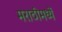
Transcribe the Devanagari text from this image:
मराठीमध्यें